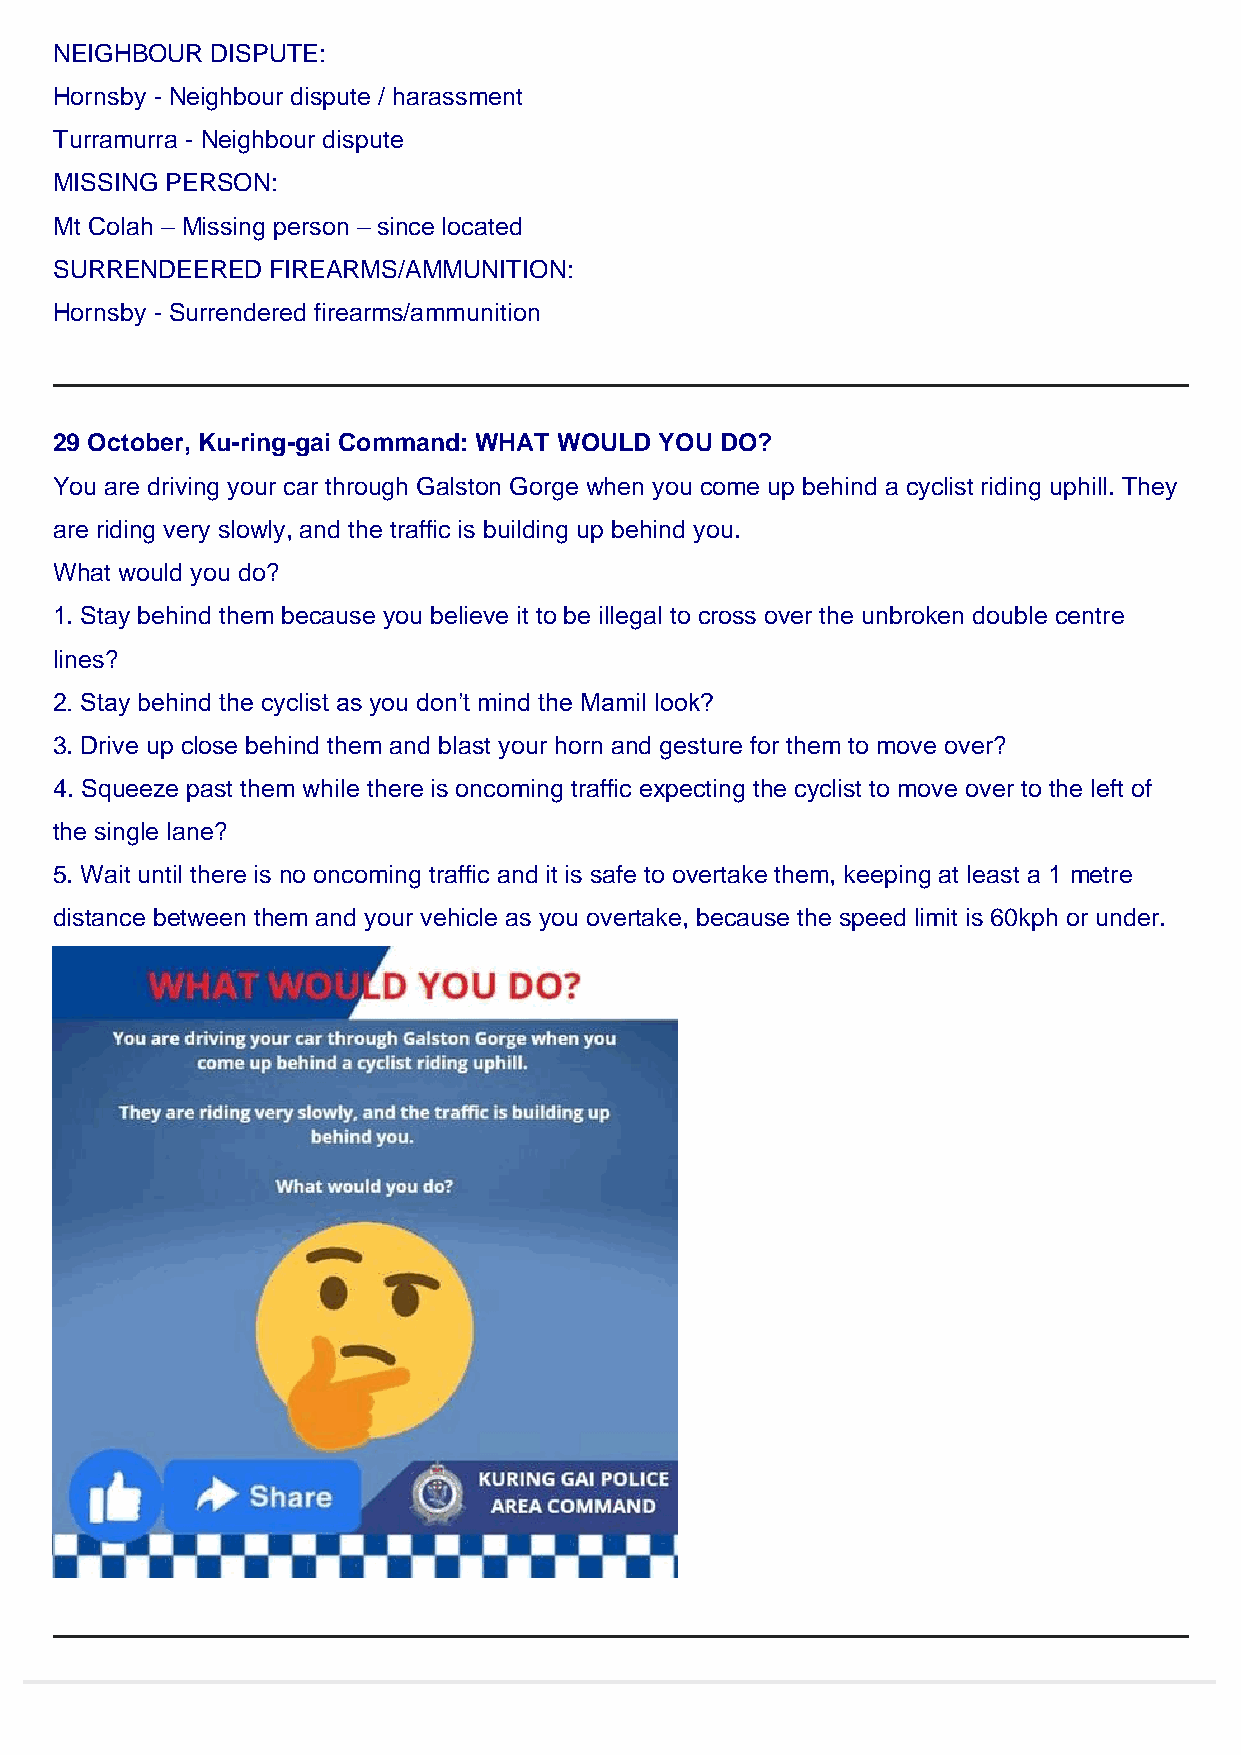
NEIGHBOUR DISPUTE:
 Hornsby - Neighbour dispute / harassment
 Turramurra - Neighbour dispute
 MISSING PERSON:
 Mt Colah – Missing person – since located
 SURRENDEERED  FIREARMS/AMMUNITION:
 Hornsby - Surrendered firearms/ammunition
 29 October, Ku-ring-gai Command: WHAT WOULD YOU DO?
 You are driving your car through Galston Gorge when you come up behind a cyclist riding uphill. They
 are riding very slowly, and the traffic is building up behind you.
 What would you do?
 1. Stay behind them because you believe it to be illegal to cross over the unbroken double centre
 lines?
 2. Stay behind the cyclist as you don’t mind the Mamil look?
 3. Drive up close behind them and blast your horn and gesture for them to move over?
 4. Squeeze past them while there is oncoming traffic expecting the cyclist to move over to the left of
 the single lane?
 5. Wait until there is no oncoming traffic and it is safe to overtake them, keeping at least a 1 metre
 distance between them and your vehicle as you overtake, because the speed limit is 60kph or under.